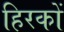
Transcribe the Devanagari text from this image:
हिरकों